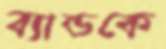
ব্যান্ডকে